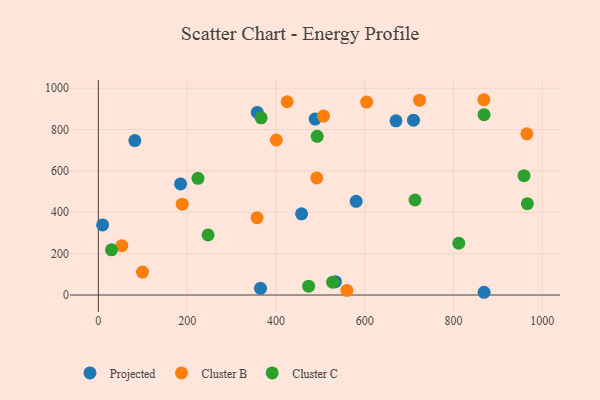
{"axis": {"x": "Study Hours", "y": "Fuel Efficiency"}, "legend": ["Cluster B", "Cluster C", "Projected"], "data": [{"x": "9.6", "y": 338.8, "type": "Projected"}, {"x": "488.3", "y": 850.7, "type": "Projected"}, {"x": "534.0", "y": 64.7, "type": "Projected"}, {"x": "868.9", "y": 13.3, "type": "Projected"}, {"x": "185.2", "y": 537.1, "type": "Projected"}, {"x": "580.7", "y": 452.8, "type": "Projected"}, {"x": "709.9", "y": 845.3, "type": "Projected"}, {"x": "82.2", "y": 746.6, "type": "Projected"}, {"x": "670.5", "y": 842.0, "type": "Projected"}, {"x": "358.0", "y": 882.6, "type": "Projected"}, {"x": "365.3", "y": 32.2, "type": "Projected"}, {"x": "457.8", "y": 392.4, "type": "Projected"}, {"x": "188.9", "y": 439.3, "type": "Cluster B"}, {"x": "868.3", "y": 944.2, "type": "Cluster B"}, {"x": "425.3", "y": 934.3, "type": "Cluster B"}, {"x": "357.5", "y": 373.8, "type": "Cluster B"}, {"x": "559.9", "y": 22.4, "type": "Cluster B"}, {"x": "604.4", "y": 932.9, "type": "Cluster B"}, {"x": "400.7", "y": 749.6, "type": "Cluster B"}, {"x": "99.4", "y": 111.1, "type": "Cluster B"}, {"x": "723.7", "y": 941.9, "type": "Cluster B"}, {"x": "507.2", "y": 865.3, "type": "Cluster B"}, {"x": "52.9", "y": 238.7, "type": "Cluster B"}, {"x": "965.2", "y": 779.1, "type": "Cluster B"}, {"x": "491.9", "y": 566.1, "type": "Cluster B"}, {"x": "713.2", "y": 459.3, "type": "Cluster C"}, {"x": "966.4", "y": 441.8, "type": "Cluster C"}, {"x": "527.7", "y": 62.3, "type": "Cluster C"}, {"x": "811.9", "y": 250.2, "type": "Cluster C"}, {"x": "224.4", "y": 564.2, "type": "Cluster C"}, {"x": "868.8", "y": 871.7, "type": "Cluster C"}, {"x": "247.1", "y": 290.7, "type": "Cluster C"}, {"x": "366.7", "y": 856.9, "type": "Cluster C"}, {"x": "492.9", "y": 767.2, "type": "Cluster C"}, {"x": "29.6", "y": 218.5, "type": "Cluster C"}, {"x": "473.6", "y": 42.8, "type": "Cluster C"}, {"x": "958.8", "y": 576.9, "type": "Cluster C"}]}